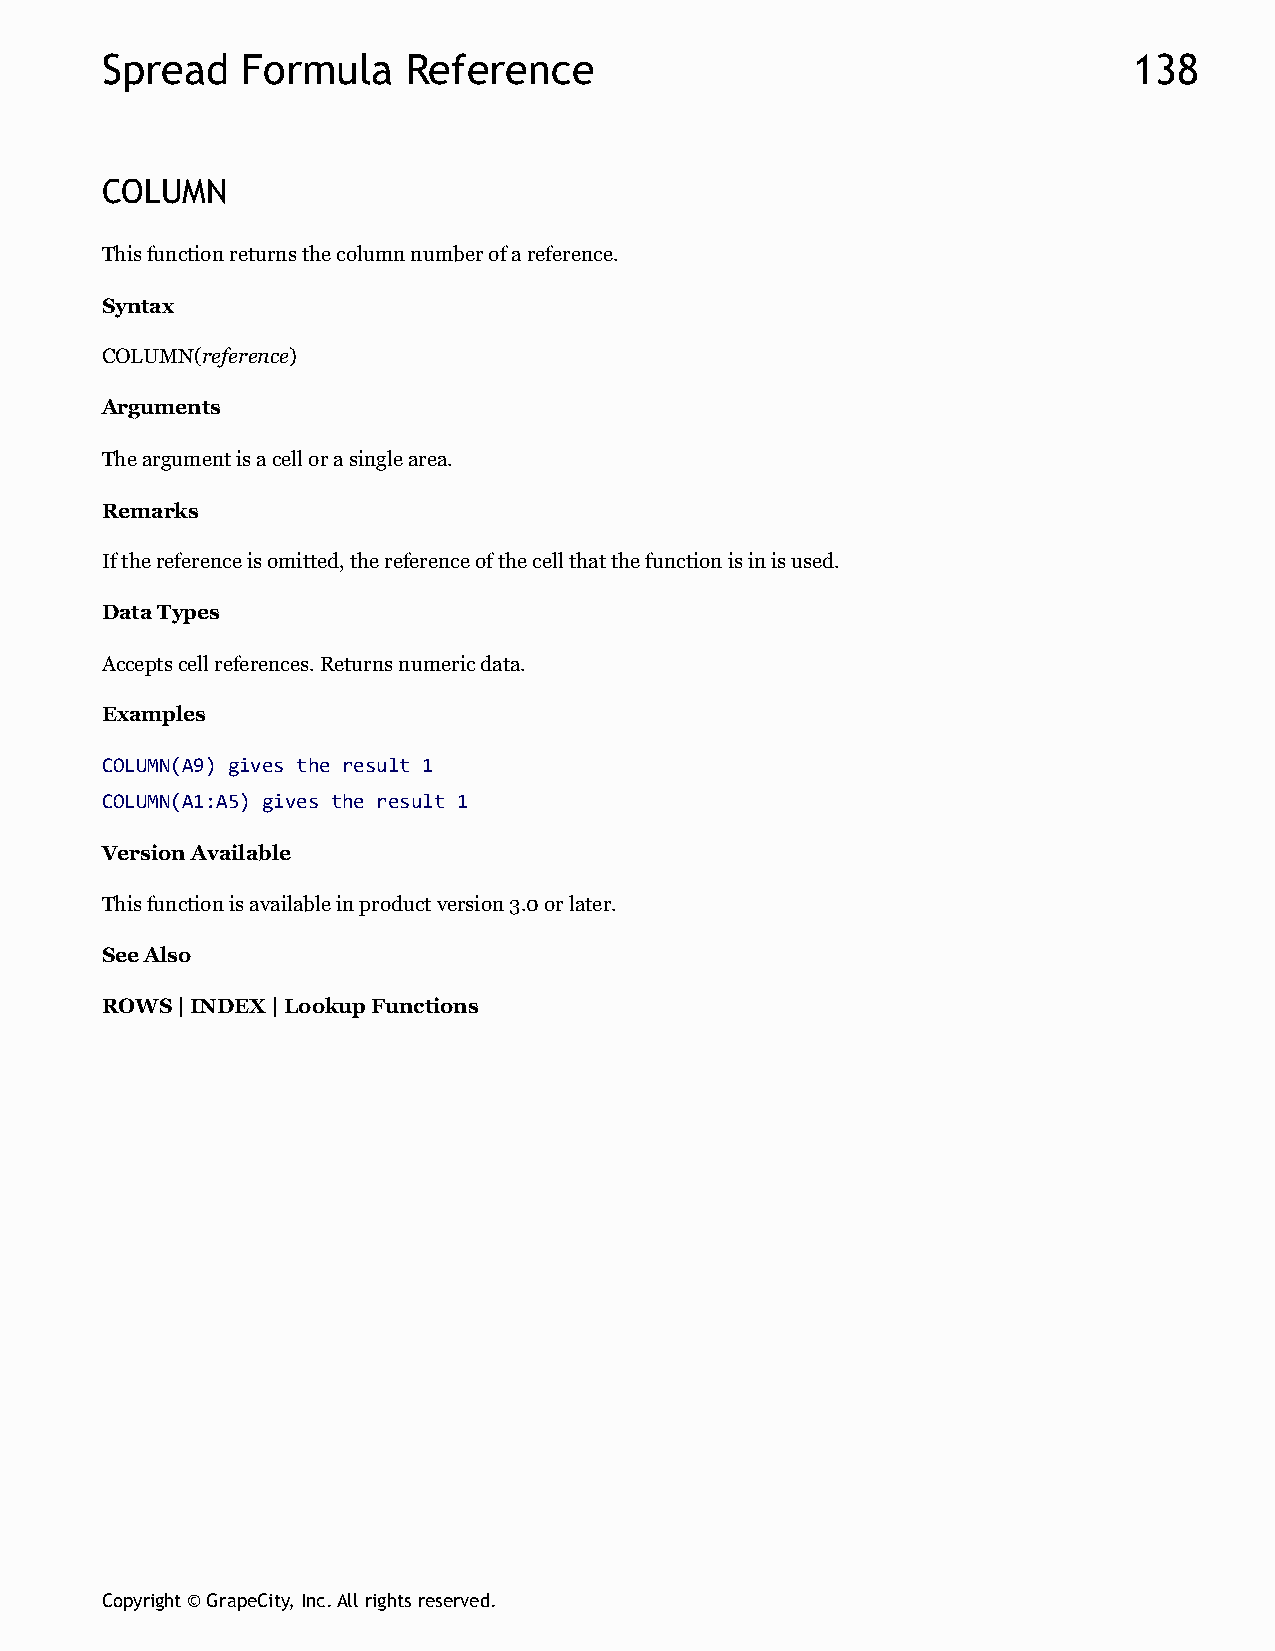
Spread   Formula    Reference                                       138
 COLUMN
 This function returns the column number of a reference.
 Syntax
 COLUMN(reference)
 Arguments
 The argument is a cell or a single area.
 Remarks
 If the reference is omitted, the reference of the cell that the function is in is used.
 Data Types
 Accepts cell references. Returns numeric data.
 Examples
 COLUMN(A9) gives the result 1
 COLUMN(A1:A5) gives the result 1
 Version Available
 This function is available in product version 3.0 or later.
 See Also
 ROWS | INDEX | Lookup Functions
 Copyright © GrapeCity, Inc. All rights reserved.